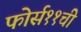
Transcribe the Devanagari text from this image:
फोर्स११ची